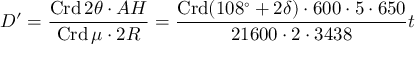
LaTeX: D ^ { \prime } = { \frac { \operatorname { C r d } 2 \theta \cdot A H } { \operatorname { C r d } \mu \cdot 2 R } } = { \frac { \operatorname { C r d } ( 1 0 8 ^ { \circ } + 2 \delta ) \cdot 6 0 0 \cdot 5 \cdot 6 5 0 } { 2 1 6 0 0 \cdot 2 \cdot 3 4 3 8 } } t